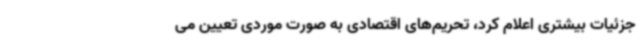
جزئیات بیشتری اعلام کرد، تحریم‌های اقتصادی به صورت موردی تعیین می